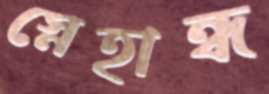
স্নেহান্ধ